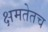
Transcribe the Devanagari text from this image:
क्षमतेतच